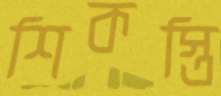
শিকস্তি